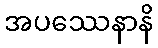
အပဿေနာနိ